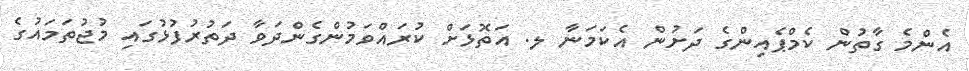
އެންމެ ގާތުން ކެމްޕެއިންގެ ދަށުން އެކަމަނާ ލ. އަތޮޅަށް ކުރައްވަމުންގެންދަވާ ދަތުރުފުޅުގައި މުޖުތަމައުގެ